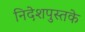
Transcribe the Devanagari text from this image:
निदेशपुस्तके